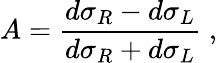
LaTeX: A=\frac{d\sigma_{R}-d\sigma_{L}}{d\sigma_{R}+d\sigma_{L}}\; ,